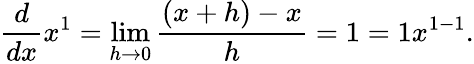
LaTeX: {\frac{d}{dx}}x^{1}=\operatorname*{lim}_{h\to 0}{\frac{(x+h)-x}{h}}=1=1x^{1-1}.